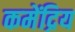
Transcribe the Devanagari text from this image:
कमेंद्रिय